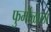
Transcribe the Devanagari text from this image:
फुर्मोळाला